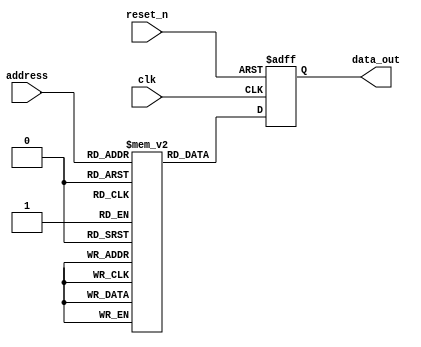
module FuseROM (
    input wire clk,
    input wire reset_n,
    input wire [7:0] address,
    output reg [7:0] data_out
);

reg [7:0] memory [0:255]; // 256 memory blocks with 8 bits each

always @(posedge clk or negedge reset_n) begin
    if (!reset_n) begin
        data_out <= 8'b0;
    end else begin
        data_out <= memory[address];
    end
end

endmodule